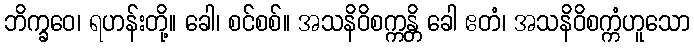
ဘိက္ခဝေ၊ ရဟန်းတို့။ ခေါ၊ စင်စစ်။ အသနိဝိစက္ကန္တိ ခေါ ဧတံ၊ အသနိဝိစက္ကံဟူသော